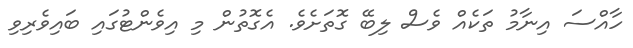
ހާއްސަ އިނާމު ތަކެއް ވެސް ލިބޭ ގޮތަށެވެ. އެގޮތުން މި އިވެންޓުގައި ބައިވެރިވި